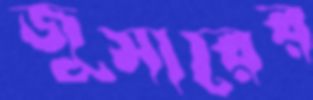
জুসারের